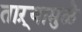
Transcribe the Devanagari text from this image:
ताऱ्यामुळे